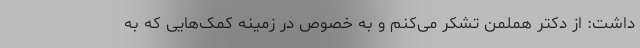
داشت: از دکتر هملمن تشکر می‌کنم و به خصوص در زمینه کمک‌هایی که به